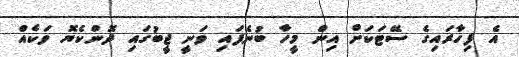
އެ ފިހާރައިގެ ސޭޓަކަށް އިން މީހާ ބުނެފައި ވަނީ ޖީބުގައި ދޮންކެޔޮ ވަކެއް